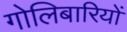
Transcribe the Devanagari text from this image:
गोलिबारियों